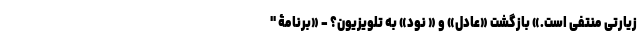
زیارتی منتفی است.» بازگشت «عادل» و « نود» به تلویزیون؟ - «برنامۀ "